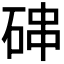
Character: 𰧁